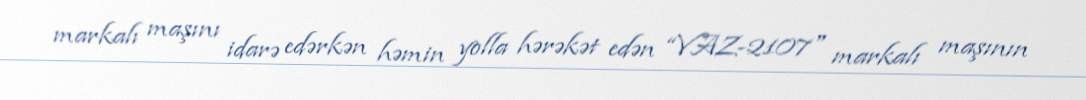
markalı maşını idarə edərkən həmin yolla hərəkət edən “VAZ-2107" markalı maşının